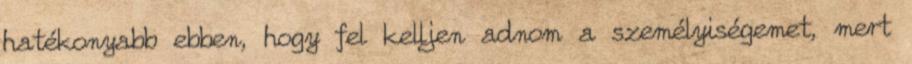
hatékonyabb ebben, hogy fel kelljen adnom a személyiségemet, mert